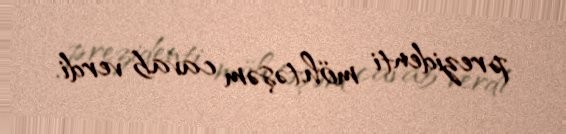
prezidenti möhtəşəm cavab verdi.